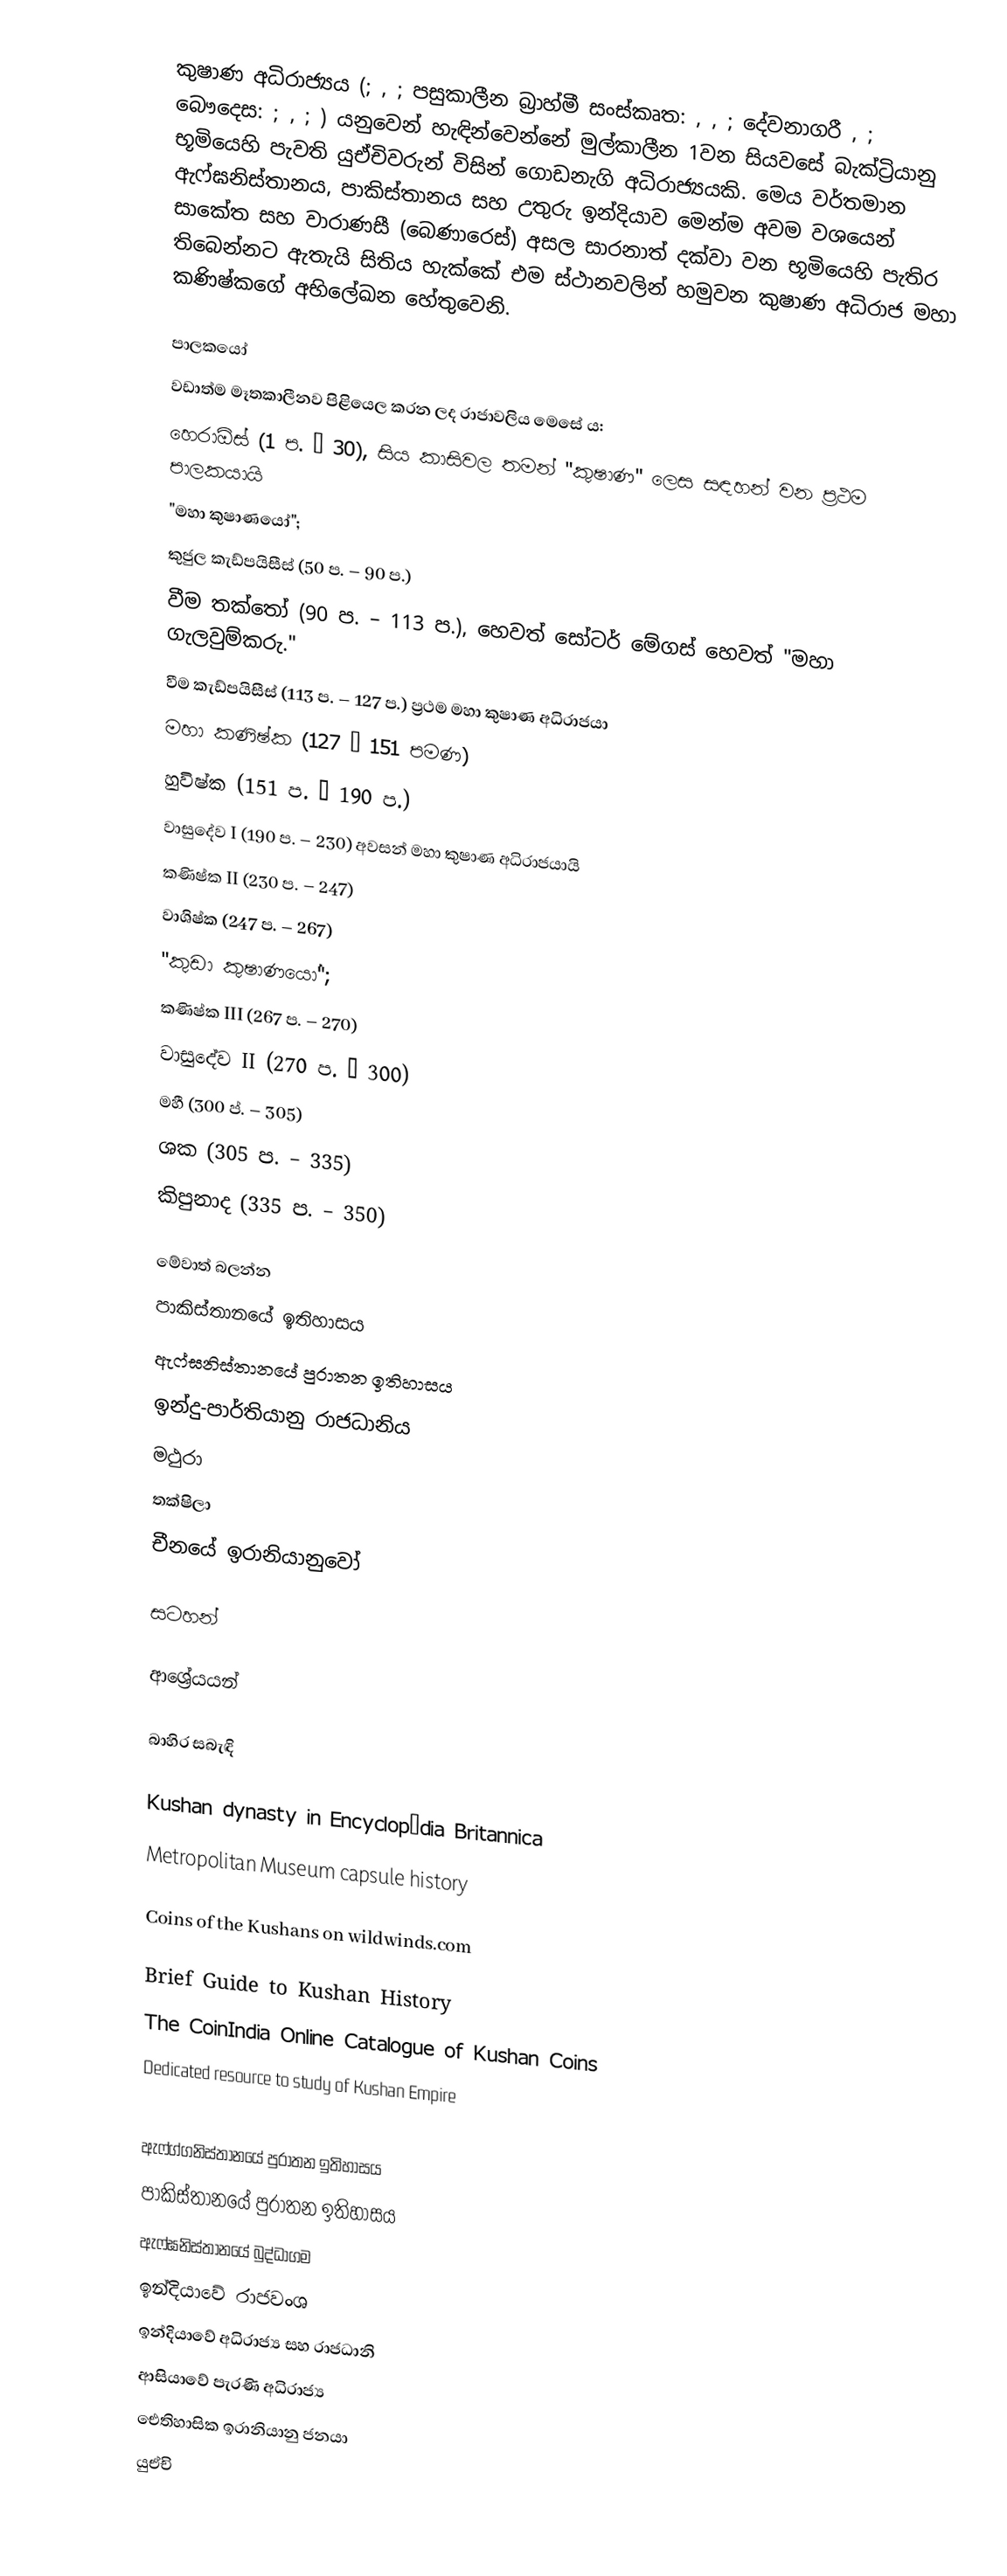
කුෂාණ අධිරාජ්‍යය (; , ; පසුකාලීන බ්‍රාහ්මී සංස්කෘත:   , , ; දේවනාගරී , ; බෞදෙස: ; , ; ) යනුවෙන් හැඳින්වෙන්නේ මුල්කාලීන 1වන සියවසේ බැක්ට්‍රියානු භූමියෙහි පැවති යුඒචිවරුන් විසින් ගොඩනැගි අධිරාජ්‍යයකි. මෙය වර්තමාන ඇෆ්ඝනිස්තානය, පාකිස්තානය සහ උතුරු ඉන්දියාව මෙන්ම අවම වශයෙන් සාකේත සහ වාරාණසී (බෙණාරෙස්) අසල සාරනාත් දක්වා වන භූමියෙහි පැතිර තිබෙන්නට ඇතැයි සිතිය හැක්කේ එම ස්ථානවලින් හමුවන කුෂාණ අධිරාජ මහා කණිෂ්කගේ අභිලේඛන හේතුවෙනි.

පාලකයෝ
වඩාත්ම මෑතකාලීනව පිළියෙල කරන ලද රාජාවලිය මෙසේ ය:
 හෙරාඕස් (1 ප. – 30), සිය කාසිවල තමන් "කුෂාණ" ලෙස සඳහන් වන ප්‍රථම පාලකයායි
"මහා කුෂාණයෝ";
 කුජුල කැඩ්පයිසීස් (50 ප. – 90 ප.)
 වීම තක්තෝ (90 ප. – 113 ප.), හෙවත් සෝටර් මේගස් හෙවත් "මහා ගැලවුම්කරු."
 වීම කැඩ්පයිසීස් (113 ප. – 127 ප.) ප්‍රථම මහා කුෂාණ අධිරාජයා
 මහා කණිෂ්ක (127 – 151 පමණ)
 හුවිෂ්ක (151 ප. – 190 ප.)
 වාසුදේව I (190 ප. – 230) අවසන් මහා කුෂාණ අධිරාජයායි
 කණිෂ්ක II (230 ප. – 247)
 වාශිෂ්ක (247 ප. – 267)
"කුඩා කුෂාණයෝ";
 කණිෂ්ක III (267 ප. – 270)
 වාසුදේව II (270 ප. – 300)
 මහී (300 ප්. – 305)
 ශක (305 ප. – 335)
 කිපුනාද (335 ප. – 350)

මේවාත් බලන්න
 පාකිස්තානයේ ඉතිහාසය
 ඇෆ්ඝනිස්තානයේ පුරාතන ඉතිහාසය
 ඉන්දු-පාර්තියානු රාජධානිය
 මථුරා
 තක්ෂිලා
 චීනයේ ඉරානියානුවෝ

සටහන්

ආශ්‍රේයයන්

බාහිර සබැඳි

 Kushan dynasty in Encyclopædia Britannica
 Metropolitan Museum capsule history

 Coins of the Kushans on wildwinds.com

 Brief Guide to Kushan History
 The CoinIndia Online Catalogue of Kushan Coins
 Dedicated resource to study of Kushan Empire

ඇෆ්ග්ගනිස්තානයේ පුරාතන ඉතිහාසය
පාකිස්තානයේ පුරාතන ඉතිහාසය
ඇෆ්ඝනිස්තානයේ බුද්ධාගම
ඉන්දියාවේ රාජවංශ
ඉන්දියාවේ අධිරාජ්‍ය සහ රාජධානි
ආසියාවේ පැරණි අධිරාජ්‍ය
ඓතිහාසික ඉරානියානු ජනයා
යුඒචි